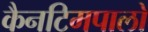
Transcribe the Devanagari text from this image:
कैनटिमपालो